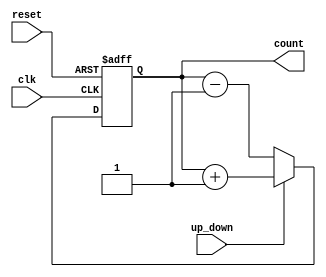
module UpDownCounter (
    input wire clk,          // Clock signal
    input wire reset,        // Asynchronous reset signal
    input wire up_down,      // Up/Down control signal (1 for up, 0 for down)
    output reg [3:0] count   // 4-bit output count
);

// Always block triggered on clock edge and reset
always @(posedge clk or posedge reset) begin
    if (reset) begin
        count <= 4'b0000;    // Initialize counter to zero on reset
    end else begin
        // Counting Up/Down Logic
        if (up_down) begin
            // Count up
            count <= count + 1; // Increment the counter
        end else begin
            // Count down
            count <= count - 1; // Decrement the counter
        end
    end
end

endmodule